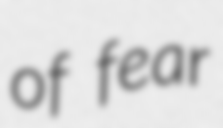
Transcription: of fear